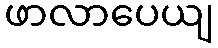
ဖာလာပေယျ